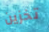
تخزين